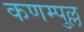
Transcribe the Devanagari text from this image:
कणम्पुल्ल